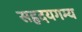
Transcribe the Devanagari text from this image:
सहृदयगम्य